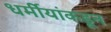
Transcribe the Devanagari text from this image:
धर्मीयांकडून